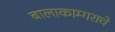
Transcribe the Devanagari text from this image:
बालाकाम्गराचे